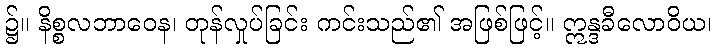
၌။ နိစ္စလဘာဝေန၊ တုန်လှုပ်ခြင်း ကင်းသည်၏ အဖြစ်ဖြင့်။ ဣန္ဒခီလောဝိယ၊